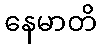
နေမာတိ